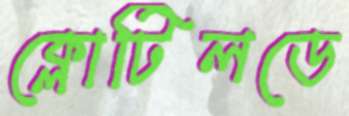
ক্লোটিলডে